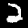
Label: 2